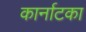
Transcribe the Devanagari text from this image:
कार्नाटका